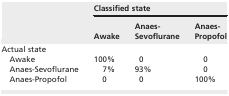
<table><thead><tr><td rowspan="2"></td><td colspan="3"><b>Classified state</b></td></tr><tr><td><b>Awake</b></td><td><b>Anaes‐Sevoflurane</b></td><td><b>Anaes‐Propofol</b></td></tr></thead><tbody><tr><td colspan="4">Actual state</td></tr><tr><td>Awake</td><td>100%</td><td>0</td><td>0</td></tr><tr><td>Anaes‐Sevoflurane</td><td>7%</td><td>93%</td><td>0</td></tr><tr><td>Anaes‐Propofol</td><td>0</td><td>0</td><td>100%</td></tr></tbody></table>